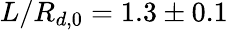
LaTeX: L/R_{d,0}=1.3\pm 0.1